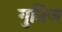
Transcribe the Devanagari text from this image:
गुत्रिज